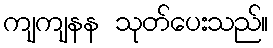
ကျကျနန သုတ်ပေးသည်။